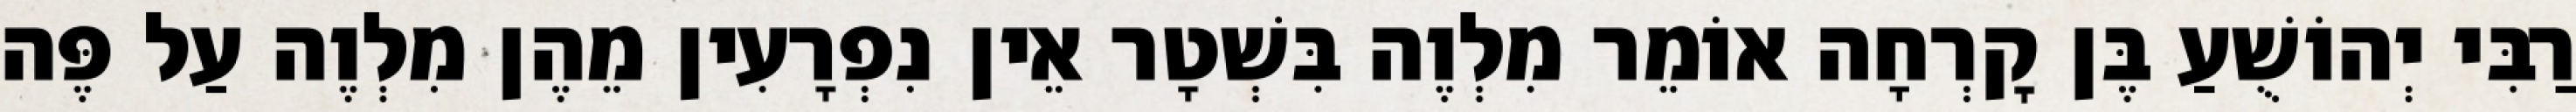
רַבִּי יְהוֹשֻׁעַ בֶּן קׇרְחָה אוֹמֵר מִלְוֶה בִּשְׁטָר אֵין נִפְרָעִין מֵהֶן מִלְוֶה עַל פֶּה